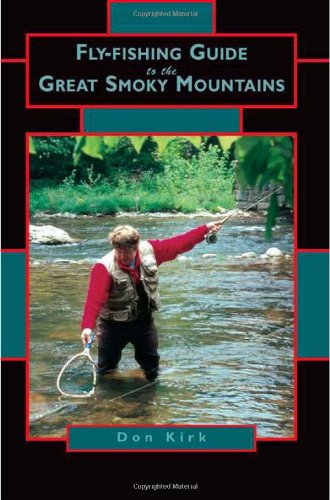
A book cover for Fly-Fishing Guide to the Great Smoky Mountains; Don Kirk; Travel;